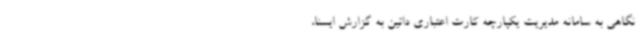
نگاهی به سامانه مدیریت یکپارچه کارت اعتباری داتین به گزارش ایسنا،